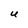
Character: U